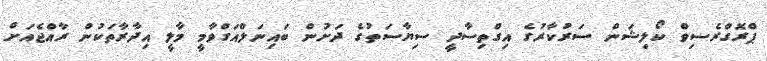
ޕްރޮގްރެސިވް ކޯލިޝަން ސަރުކާރުގެ އިގްތިސާދީ ސިޔާސަތުގެ ދަށުން ބައިނަލްއަގްވާމީ މާލީ އިދާރާތަކުން ރާއްޖެއަށް